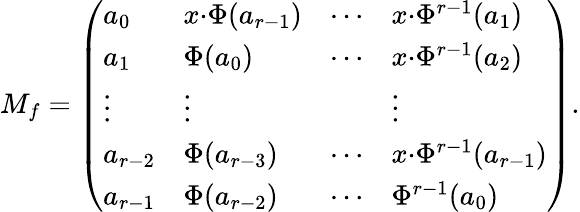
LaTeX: M_{f}=\left(\begin{array}{llll}{a_{0}}&{x{\cdot}\Phi(a_{r-1})}&{\cdots}&{x{\cdot}\Phi^{r-1}(a_{1})}\\ {a_{1}}&{\Phi(a_{0})}&{\cdots}&{x{\cdot}\Phi^{r-1}(a_{2})}\\ {\vdots}&{\vdots}&&{\vdots}\\ {a_{r-2}}&{\Phi(a_{r-3})}&{\cdots}&{x{\cdot}\Phi^{r-1}(a_{r-1})}\\ {a_{r-1}}&{\Phi(a_{r-2})}&{\cdots}&{\Phi^{r-1}(a_{0})}\end{array}\right).